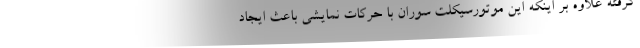
گرفته علاوه بر اینکه این موتورسیکلت سوران با حرکات نمایشی باعث ایجاد